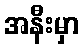
အနီးမှာ